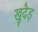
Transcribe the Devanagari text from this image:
खुदैड़